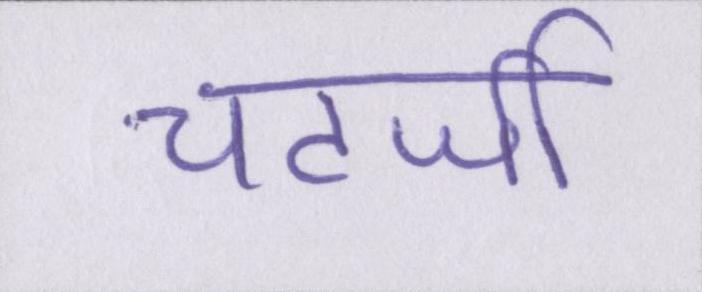
चटर्जी